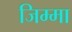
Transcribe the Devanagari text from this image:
जिम्‍मा